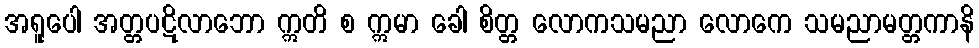
အရူပေါ အတ္တပဋိလာဘော ဣတိ စ ဣမာ ခေါ စိတ္တ လောကသမညာ လောကေ သမညာမတ္တကာနိ